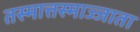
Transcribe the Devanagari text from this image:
तस्मात्तस्माज्जाता